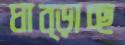
ঘাব্‌ড়াচ্ছ